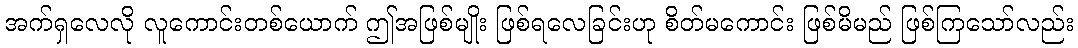
အက်ရှလေလို လူကောင်းတစ်ယောက် ဤအဖြစ်မျိုး ဖြစ်ရလေခြင်းဟု စိတ်မကောင်း ဖြစ်မိမည် ဖြစ်ကြသော်လည်း